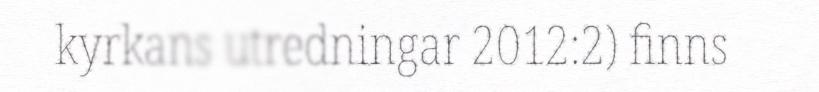
kyrkans utredningar 2012:2) finns